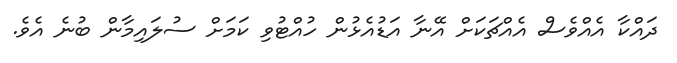
ދައްކާ އެއްވެސް އެއްޗަކަށް އޭނާ އަޑުއެޅުން ހުއްޓުވި ކަމަށް ސުލައިމާން ބުނެ އެވެ.